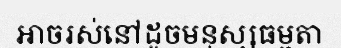
អាចរស់នៅដូចមនុស្សធម្មតា